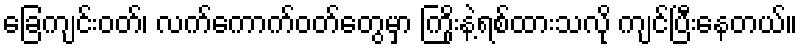
ခြေကျင်းဝတ်၊ လက်ကောက်ဝတ်တွေမှာ ကြိုးနဲ့ရစ်ထားသလို ကျင်ပြီးနေတယ်။